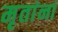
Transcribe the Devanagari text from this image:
मृतांनां